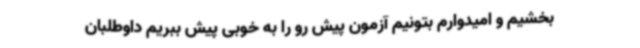
بخشیم و امیدوارم بتونیم آزمون پیش رو را به خوبی پیش ببریم داوطلبان